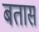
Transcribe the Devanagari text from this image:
बतास